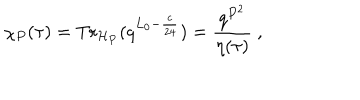
\chi _ { P } ( \tau ) = { \mathrm { T r } } _ { { \cal H } _ { P } } ( q ^ { L _ { 0 } - \frac { c } { 2 4 } } ) = \frac { q ^ { P ^ { 2 } } } { \eta ( \tau ) } ~ ,